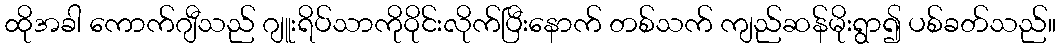
ထိုအခါ ကောက်ဂျီသည် ဂျူးရိပ်သာကိုဝိုင်းလိုက်ပြီးနောက် တစ်သက် ကျည်ဆန်မိုးရွာ၍ ပစ်ခတ်သည်။